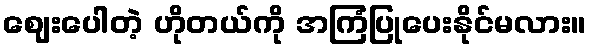
ဈေးပေါတဲ့ ဟိုတယ်ကို အကြံပြုပေးနိုင်မလား။